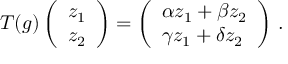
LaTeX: T ( g ) \left( \begin{array} { l } { { z _ { 1 } } } \\ { { z _ { 2 } } } \end{array} \right) = \left( \begin{array} { l l } { { \alpha z _ { 1 } + \beta z _ { 2 } } } \\ { { \gamma z _ { 1 } + \delta z _ { 2 } } } \end{array} \right) \, .